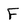
Character: F